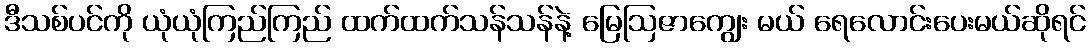
ဒီသစ်ပင်ကို ယုံယုံကြည်ကြည် ထက်ထက်သန်သန်နဲ့ မြေဩဇာကျွေး မယ် ရေလောင်းပေးမယ်ဆိုရင်